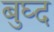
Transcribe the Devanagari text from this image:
बुघ्‍द